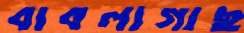
বাবলাগাছ